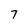
Character: 7